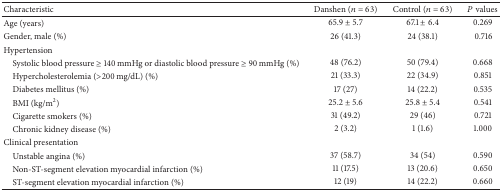
<table><thead><tr><td><b>Characteristic</b></td><td><b>Danshen (<i>n</i> = 63)</b></td><td><b>Control (<i>n</i> = 63)</b></td><td><b><i>P</i> values</b></td></tr></thead><tbody><tr><td>Age (years)</td><td>65.9 ± 5.7</td><td>67.1 ± 6.4</td><td>0.269</td></tr><tr><td>Gender, male (%)</td><td>26 (41.3) </td><td>24 (38.1) </td><td> 0.716</td></tr><tr><td>Hypertension</td><td> </td><td> </td><td> </td></tr><tr><td> Systolic blood pressure ≥ 140 mmHg or diastolic blood pressure ≥ 90 mmHg (%)</td><td>48 (76.2) </td><td>50 (79.4) </td><td>0.668</td></tr><tr><td> Hypercholesterolemia (&gt;200 mg/dL) (%)</td><td>21 (33.3) </td><td>22 (34.9) </td><td>0.851</td></tr><tr><td> Diabetes mellitus (%)</td><td>17 (27) </td><td>14 (22.2) </td><td>0.535</td></tr><tr><td> BMI (kg/m<sup>2</sup>)</td><td>25.2 ± 5.6</td><td>25.8 ± 5.4</td><td>0.541</td></tr><tr><td> Cigarette smokers (%)</td><td>31 (49.2) </td><td>29 (46) </td><td>0.721</td></tr><tr><td> Chronic kidney disease (%)</td><td>2 (3.2) </td><td>1 (1.6) </td><td>1.000</td></tr><tr><td>Clinical presentation</td><td> </td><td> </td><td> </td></tr><tr><td> Unstable angina (%)</td><td>37 (58.7) </td><td>34 (54) </td><td>0.590</td></tr><tr><td> Non-ST-segment elevation myocardial infarction (%)</td><td>11 (17.5) </td><td>13 (20.6) </td><td>0.650</td></tr><tr><td> ST-segment elevation myocardial infarction (%)</td><td>12 (19) </td><td>14 (22.2) </td><td>0.660</td></tr></tbody></table>